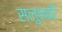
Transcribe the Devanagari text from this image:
सलुनकी